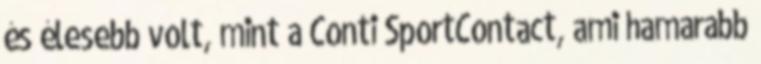
és élesebb volt, mint a Conti SportContact, ami hamarabb